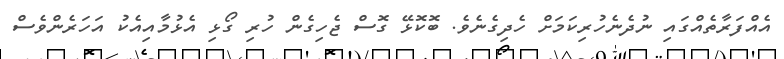
އެއްފަރާތެއްގައި ނުދެނެހުރިކަމަށް ހެދިގެނެވެ. ބޮކޮޅޭ ގޮސް ޖެހިގެން ހުރި ގޯޅި އެޅުމާއިއެކު އަހަރެންވެސް